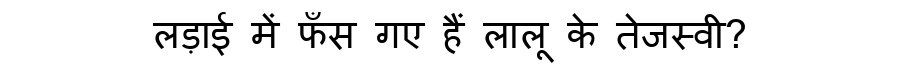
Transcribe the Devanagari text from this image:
लड़ाई में फँस गए हैं लालू के तेजस्वी?